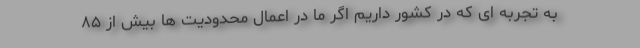
به تجربه ای که در کشور داریم اگر ما در اعمال محدودیت ها بیش از ۸۵